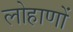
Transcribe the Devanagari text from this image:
लोहाणों